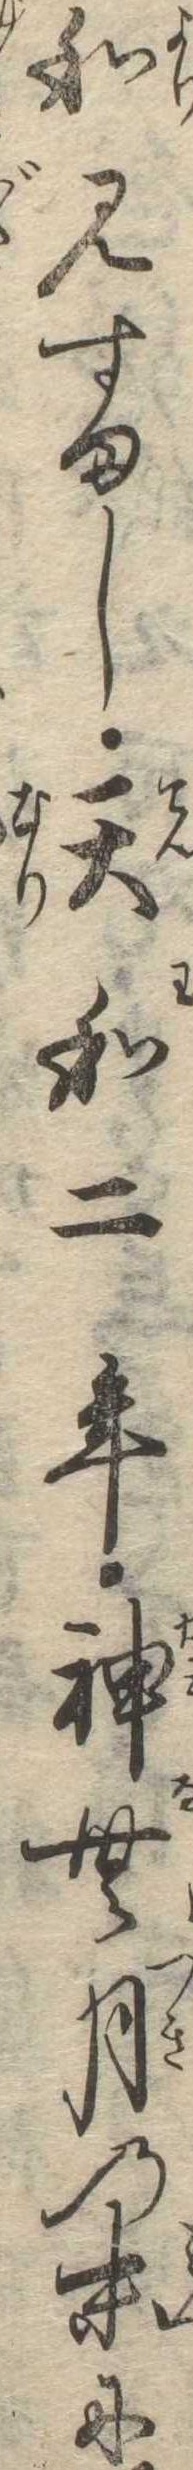
和見すまし天和二年神無月の末に